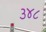
૩૪૮